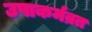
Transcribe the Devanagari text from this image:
उपाकर्मव्रत